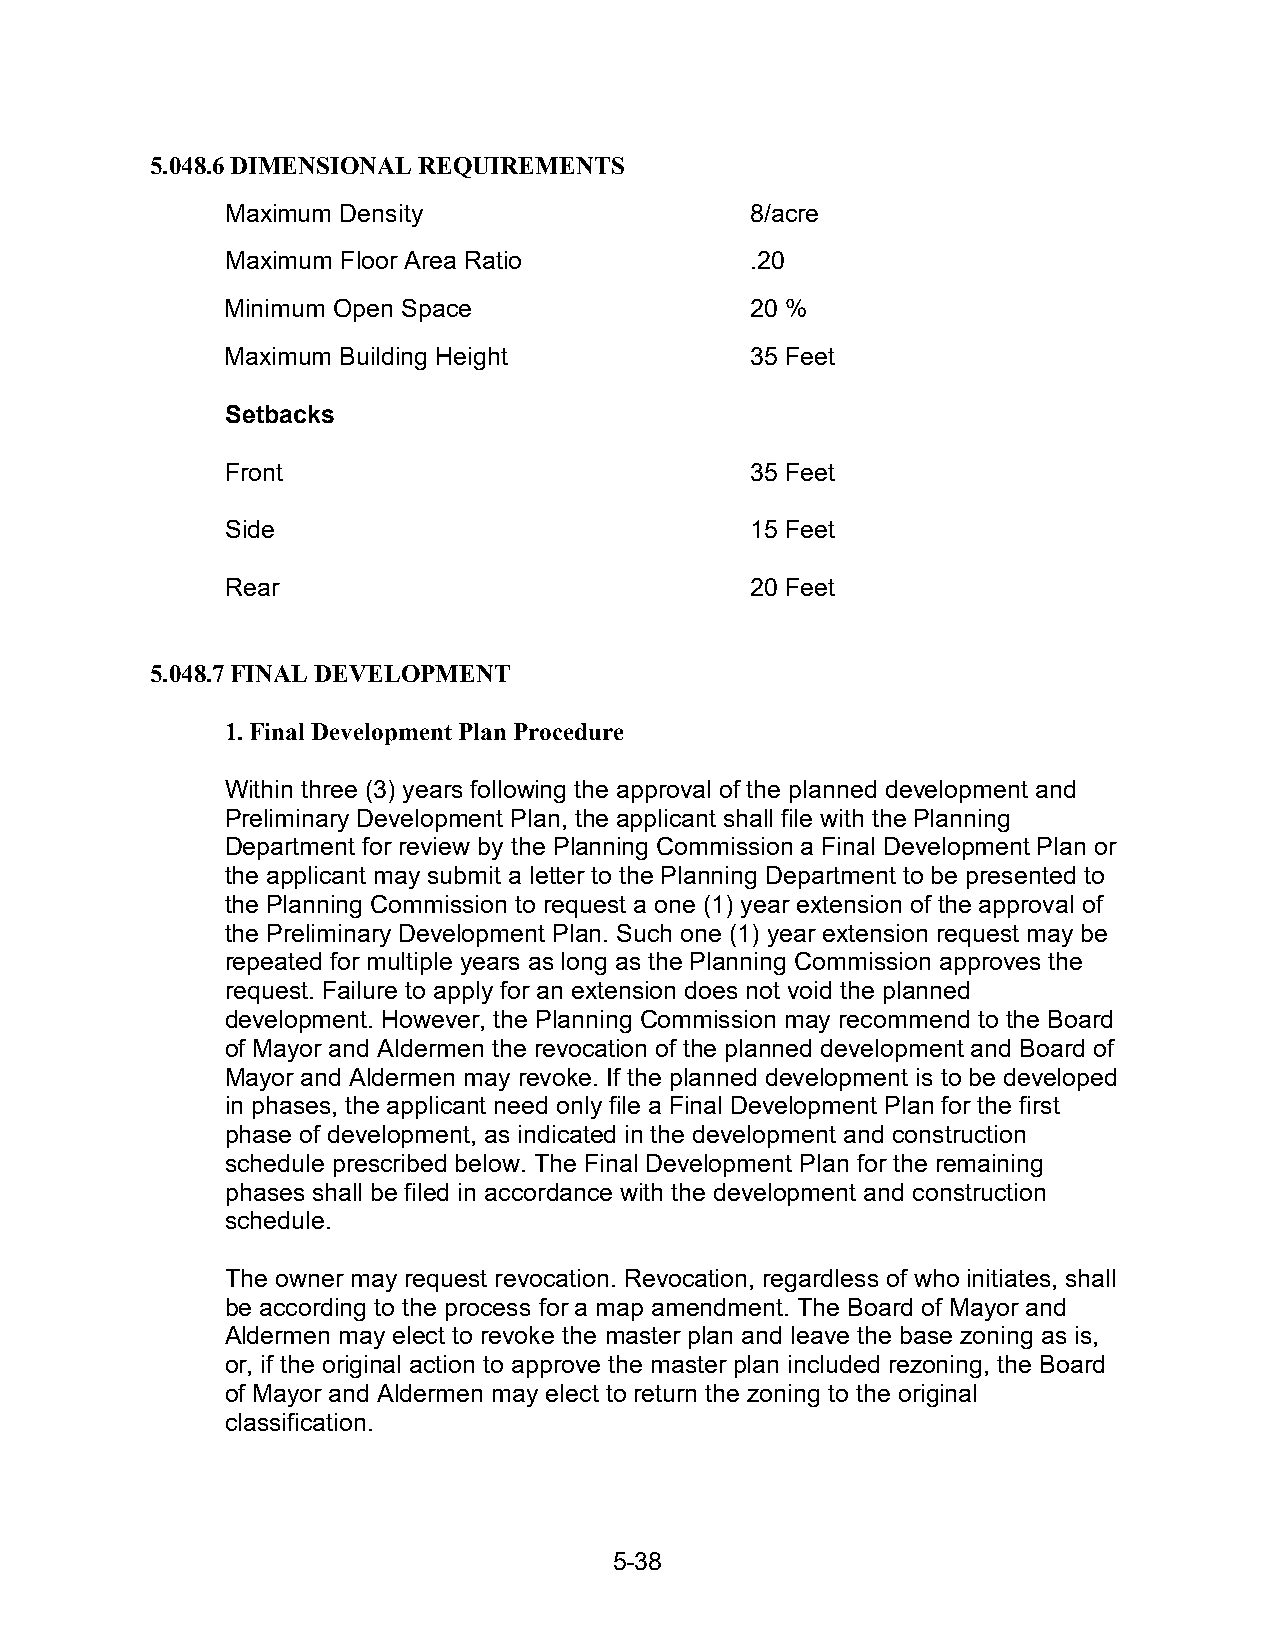
5.048.6 DIMENSIONAL REQUIREMENTS
 Maximum Density                    8/acre
 Maximum Floor Area Ratio           .20
 Minimum Open Space                 20 %
 Maximum Building Height            35 Feet
 Setbacks
 Front                              35 Feet
 Side                               15 Feet
 Rear                               20 Feet
 5.048.7 FINAL DEVELOPMENT
 1. Final Development Plan Procedure
 Within three (3) years following the approval of the planned development and
 Preliminary Development Plan, the applicant shall file with the Planning
 Department for review by the Planning Commission a Final Development Plan or
 the applicant may submit a letter to the Planning Department to be presented to
 the Planning Commission to request a one (1) year extension of the approval of
 the Preliminary Development Plan. Such one (1) year extension request may be
 repeated for multiple years as long as the Planning Commission approves the
 request. Failure to apply for an extension does not void the planned
 development. However, the Planning Commission may recommend to the Board
 of Mayor and Aldermen the revocation of the planned development and Board of
 Mayor and Aldermen may revoke. If the planned development is to be developed
 in phases, the applicant need only file a Final Development Plan for the first
 phase of development, as indicated in the development and construction
 schedule prescribed below. The Final Development Plan for the remaining
 phases shall be filed in accordance with the development and construction
 schedule.
 The owner may request revocation. Revocation, regardless of who initiates, shall
 be according to the process for a map amendment. The Board of Mayor and
 Aldermen may elect to revoke the master plan and leave the base zoning as is,
 or, if the original action to approve the master plan included rezoning, the Board
 of Mayor and Aldermen may elect to return the zoning to the original
 classification.
 5-38